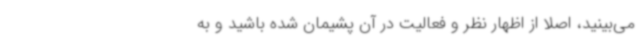
می‌بینید، اصلاً از اظهار نظر و فعالیت در آن پشیمان شده باشید و به